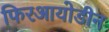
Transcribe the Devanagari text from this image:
फिरआयोडीन